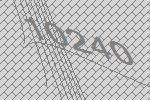
10240